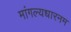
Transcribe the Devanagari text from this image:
मांगल्यधारनम